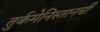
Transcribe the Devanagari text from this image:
तुर्कमेनिस्तानची